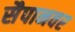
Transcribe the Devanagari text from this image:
सैपानवर